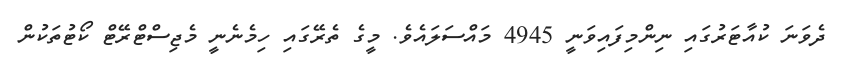
ދެވަނަ ކުއާޓަރުގައި ނިންމިފައިވަނީ 4945 މައްސަލައެވެ. މީގެ ތެރޭގައި ހިމެނެނީ މެޖިސްޓްރޭޓް ކޯޓުތަކުން